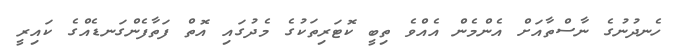
ހެނދުނުގެ ނާސްތާއަށް އެންމެން އެއްވެ ތިބީ ކޮޓަރިތަކުގެ މެދުގައި އޮތް ފަތާފެންގަނޑެއްގެ ކައިރީ